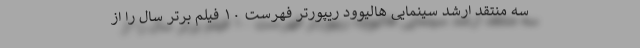
سه منتقد ارشد سینمایی هالیوود ریپورتر فهرست ۱۰ فیلم برتر سال را از